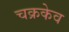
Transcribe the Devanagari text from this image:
चक्रकेव